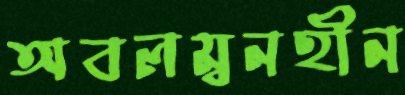
অবলম্বনহীন